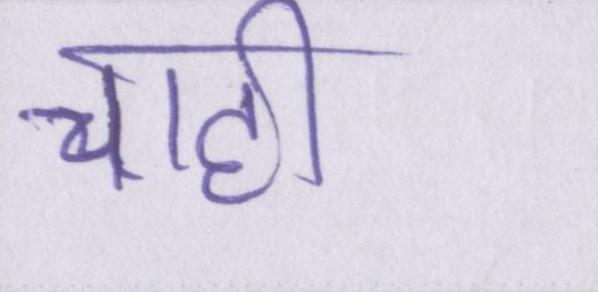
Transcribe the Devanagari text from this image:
चाही